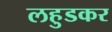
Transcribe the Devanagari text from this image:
लहुडकर